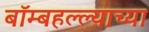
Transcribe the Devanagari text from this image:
बॉम्बहल्ल्याच्या